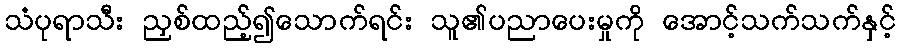
သံပုရာသီး ညှစ်ထည့်၍သောက်ရင်း သူ၏ပညာပေးမှုကို အောင့်သက်သက်နှင့်